Annual returns of the Patna Lunatic Asylum at Bankipore in Bihar and Orissa - 1912-1924
Year: 1912
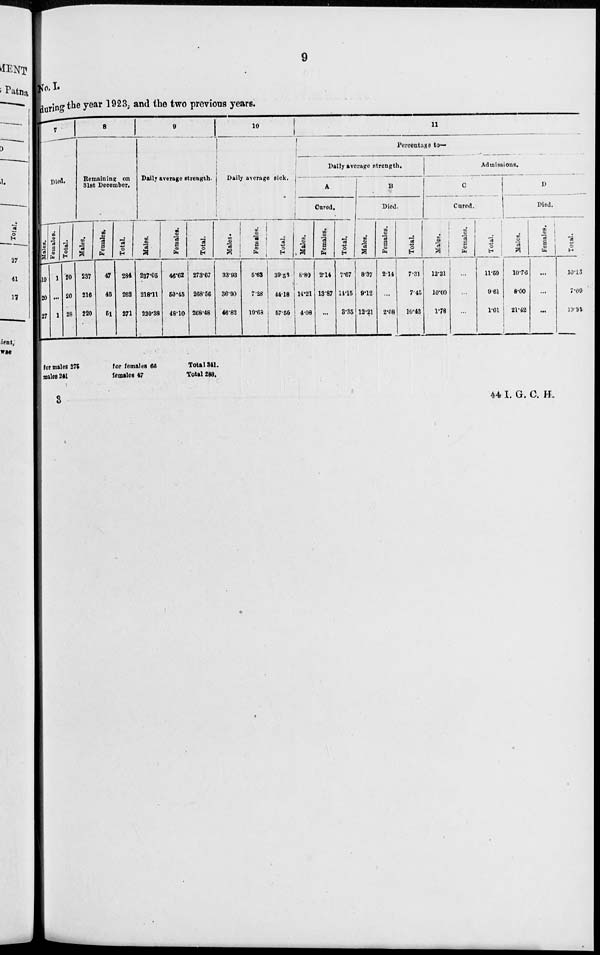
9
No. I
during the year 1923, and the two previous years.
7
Died.
Males.
19
20
27
Females.
1
...
1
Total.
20
20
28
8
Remaining on
31st December.
Males.
237
216
220
Females.
47
46
51
Total.
284
262
271
9
Daily average strength.
Males.
227.05
218.11
220.38
Females.
46.62
50.45
48.10
Total.
273.67
268.56
268.48
10
Daily average sick.
Males.
33.93
36.90
46.82
Females.
5.63
7.28
10.68
Total.
39.56
44.18
57.50
11
Percentage to—
Daily average strength.
A
Cured.
Males.
8.80
14.21
4.08
Females.
2.14
13.87
...
Total.
7.67
14.15
3.35
B
Died.
Males.
8.37
9.12
12.21
Females.
2.14
...
2.08
Total.
7.31
7.45
10.43
Admissions.
C
Cured.
Males.
12.31
10.00
1.78
Females.
...
...
...
Total.
11.59
9.61
1.61
D
Died.
Males.
1070
8.00
21.42
Females.
...
...
...
Total.
10.15
7.69
19.35
for males 275
males 241
for females 66
females 47
Total 341.
Total 288.
3
44 I. G. C. H.